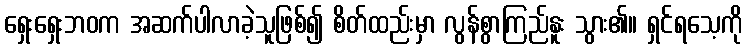
ရှေးရှေးဘဝက အဆက်ပါလာခဲ့သူဖြစ်၍ စိတ်ထည်းမှာ လွန်စွာကြည်နူး သွား၏။ ရှင်ရသေ့ကို